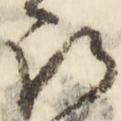
朗